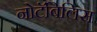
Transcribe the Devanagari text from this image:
नोटॅबिलिस